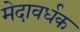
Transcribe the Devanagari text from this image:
मेदावर्धक